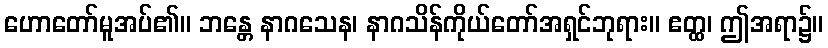
ဟောတော်မူအပ်၏။ ဘန္တေ နာဂသေန၊ နာဂသိန်ကိုယ်တော်အရှင်ဘုရား။ ဧတ္ထ၊ ဤအရာ၌။